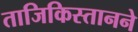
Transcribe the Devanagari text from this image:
ताजिकिस्तानने